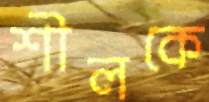
শীলকে